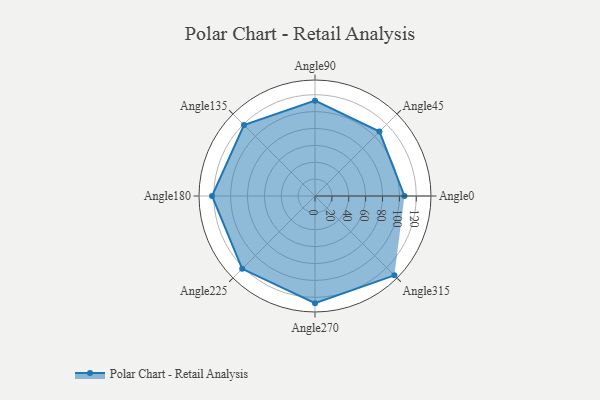
{"axis": {"x": "Angle", "y": "Radius"}, "legend": [""], "data": [{"x": "Angle0", "y": 106.0, "type": ""}, {"x": "Angle45", "y": 108.0, "type": ""}, {"x": "Angle90", "y": 113.0, "type": ""}, {"x": "Angle135", "y": 119.0, "type": ""}, {"x": "Angle180", "y": 122.0, "type": ""}, {"x": "Angle225", "y": 122.0, "type": ""}, {"x": "Angle270", "y": 127.0, "type": ""}, {"x": "Angle315", "y": 133.0, "type": ""}]}